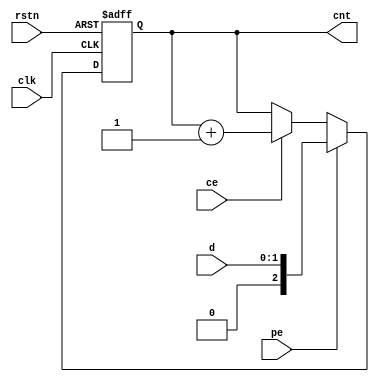
`timescale 1ns / 1ps
//////////////////////////////////////////////////////////////////////////////////
// Company:
// Engineer:
//
// Design Name:
// Module Name: CNT_2
// Project Name:
// Target Devices:
// Tool Versions:
// Description:
//
// Dependencies:
//
// Revision:
// Revision 0.01 - File Created
// Additional Comments:
//
//////////////////////////////////////////////////////////////////////////////////



module CNT_3 (input clk,
              rstn,
              pe,
              ce,
              input [1:0] d,
              output reg [2:0] cnt);
    
    always @(posedge clk or negedge rstn) begin
        if (!rstn)  cnt   <= 0;
        else if (pe)  cnt <= d;
        else if (ce)  cnt <= cnt + 1;
    end
endmodule